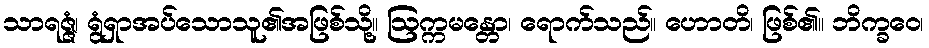
သာရဇ္ဇံ၊ ရွံရှာအပ်သောသူ၏အဖြစ်သို့။ ဩက္ကမန္တော၊ ရောက်သည်။ ဟောတိ၊ ဖြစ်၏။ ဘိက္ခဝေ၊